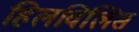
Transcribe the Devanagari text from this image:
हिलविलिस